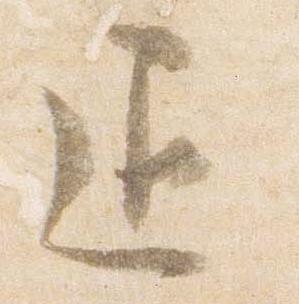
退